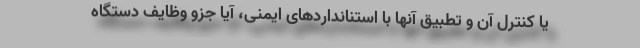
یا کنترل آن و تطبیق آنها با استنانداردهای ایمنی، آیا جزو وظایف دستگاه